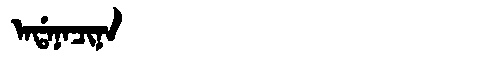
Manchu: ᠠᡩᠠᠨᠠᠴᡳᠨᠠ
Romanization: ADANACINA